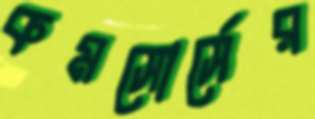
কমসোর্সের